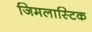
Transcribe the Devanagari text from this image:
जिमलास्टिक